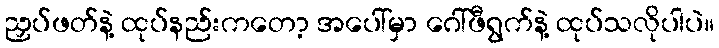
ညှပ်ဖတ်နဲ့ ထုပ်နည်းကတော့ အပေါ်မှာ ဂေါ်ဖီရွက်နဲ့ ထုပ်သလိုပါပဲ။